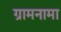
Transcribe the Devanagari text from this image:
ग्रामनामा